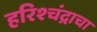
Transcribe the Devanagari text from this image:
हरिश्चंद्राचा